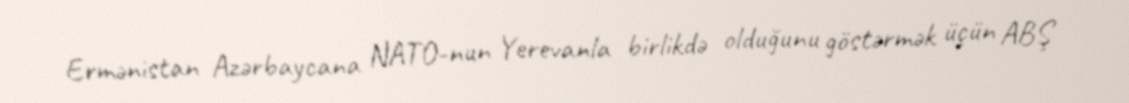
Ermənistan Azərbaycana NATO-nun Yerevanla birlikdə olduğunu göstərmək üçün ABŞ